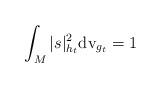
LaTeX: \begin{align*}\int_M|s|^2_{h_t}{\rm{dv}}_{g_t}=1\end{align*}